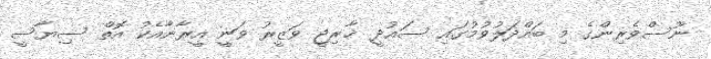
ނޫސްވެރިންގެ މި ބައްދަލުވުމުގައި ސައުދީ ޚާރިޖީ ވަޒީރު ވަނީ އީރާނާއެކު އޮތް ސިޔާސީ